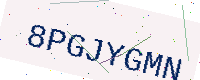
Text: 8PGJYGMN